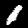
Label: 1